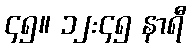
၄၅။ ၁၂:၄၅ နာရီ